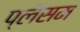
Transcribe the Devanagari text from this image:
प्लेसम